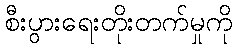
စီးပွားရေးတိုးတက်မှုကို